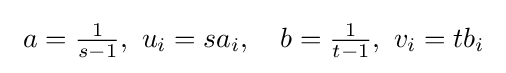
\ a={\tfrac {1}{s-1}},\ u_{i}=sa_{i},\quad b={\tfrac {1}{t-1}},\ v_{i}=tb_{i}\;